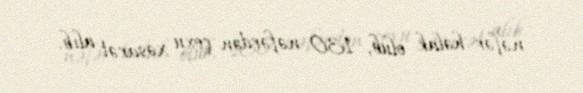
nəfər həlak olub, 130 nəfərdən çoxu xəsarət alıb.